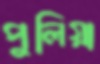
পুলিয়া